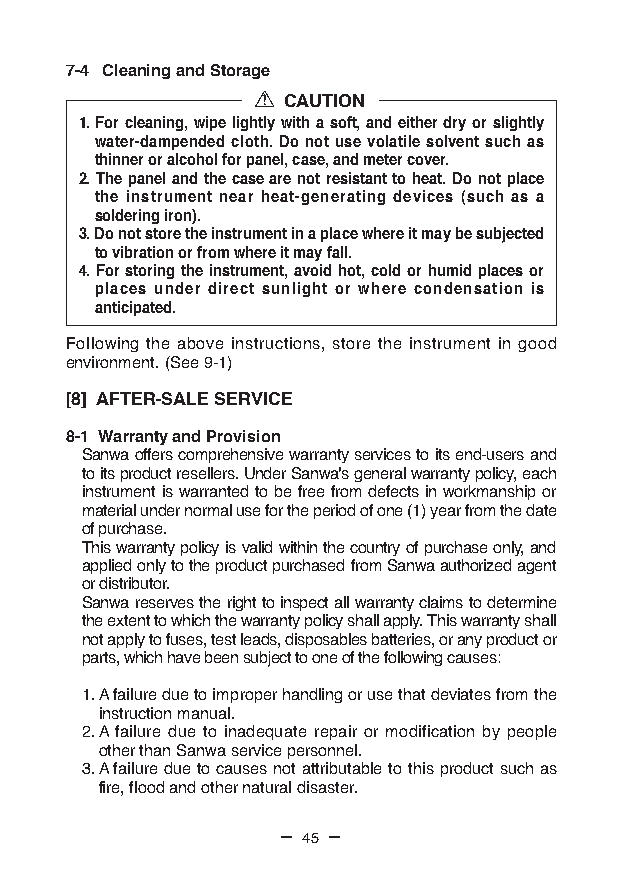
7-4 Cleaning and Storage
 CAUTION
 1. For cleaning, wipe lightly with a soft, and either dry or slightly
 water-dampended cloth. Do not use volatile solvent such as
 thinner or alcohol for panel, case, and meter cover.
 2. The panel and the case are not resistant to heat. Do not place
 the instrument near heat-generating devices (such as a
 soldering iron).
 3. Do not store the instrument in a place where it may be subjected
 to vibration or from where it may fall.
 4. For storing the instrument, avoid hot, cold or humid places or
 places under direct sunlight or where condensation is
 anticipated.
 Following the above instructions, store the instrument in good
 environment. (See 9-1)
 [8] AFTER-SALE SERVICE
 8-1 Warranty and Provision
 Sanwa offers comprehensive warranty services to its end-users and
 to its product resellers. Under Sanwa's general warranty policy, each
 instrument is warranted to be free from defects in workmanship or
 material under normal use for the period of one (1) year from the date
 of purchase.
 This warranty policy is valid within the country of purchase only, and
 applied only to the product purchased from Sanwa authorized agent
 or distributor.
 Sanwa reserves the right to inspect all warranty claims to determine
 the extent to which the warranty policy shall apply. This warranty shall
 not apply to fuses, test leads, disposables batteries, or any product or
 parts, which have been subject to one of the following causes:
 1. A failure due to improper handling or use that deviates from the
 instruction manual.
 2. A failure due to inadequate repair or modification by people
 other than Sanwa service personnel.
 3. A failure due to causes not attributable to this product such as
 fire, flood and other natural disaster.
 — 45 —